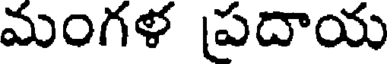
మంగళ ప్రదాయ